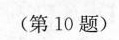
(第10题)